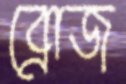
ব্রোজ